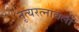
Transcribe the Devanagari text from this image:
नृत्यरत्नावली